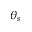
\theta _ { s }